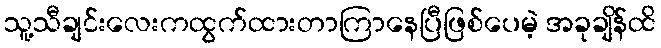
သူ့သီချင်းလေးကထွက်ထားတာကြာနေပြီဖြစ်ပေမဲ့ အခုချိန်ထိ